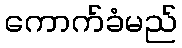
ကောက်ခံမည်